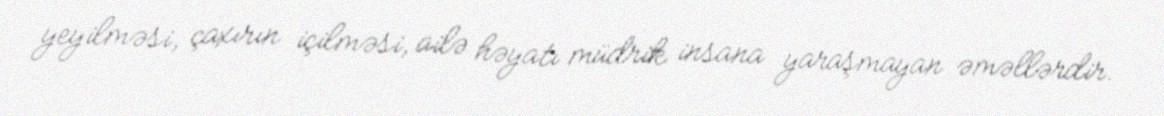
yeyilməsi, çaxırın içilməsi, ailə həyatı müdrik insana yaraşmayan əməllərdir.